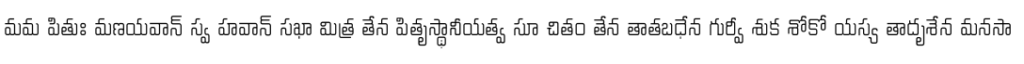
మమ పితుః మణయవాన్ స్వ హవాన్ సఖా మిత్ర తేన పితృస్థానీయత్వ సూ చితం తేన తాతబధేన గుర్వీ శుక శోకో యస్య తాదృశేన మనసా